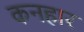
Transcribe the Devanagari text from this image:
कनहार